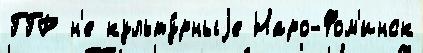
ГГР н'е культу́рныjе Наро-Фом'инск